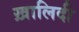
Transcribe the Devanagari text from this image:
ख़ालिदी